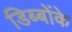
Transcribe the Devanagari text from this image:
डिब्बोंके